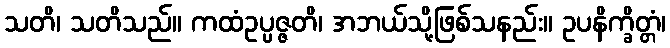
သတိ၊ သတိသည်။ ကထံဥပ္ပဇ္ဇတိ၊ အဘယ်သို့ဖြစ်သနည်း။ ဥပနိက္ခိတ္တံ၊